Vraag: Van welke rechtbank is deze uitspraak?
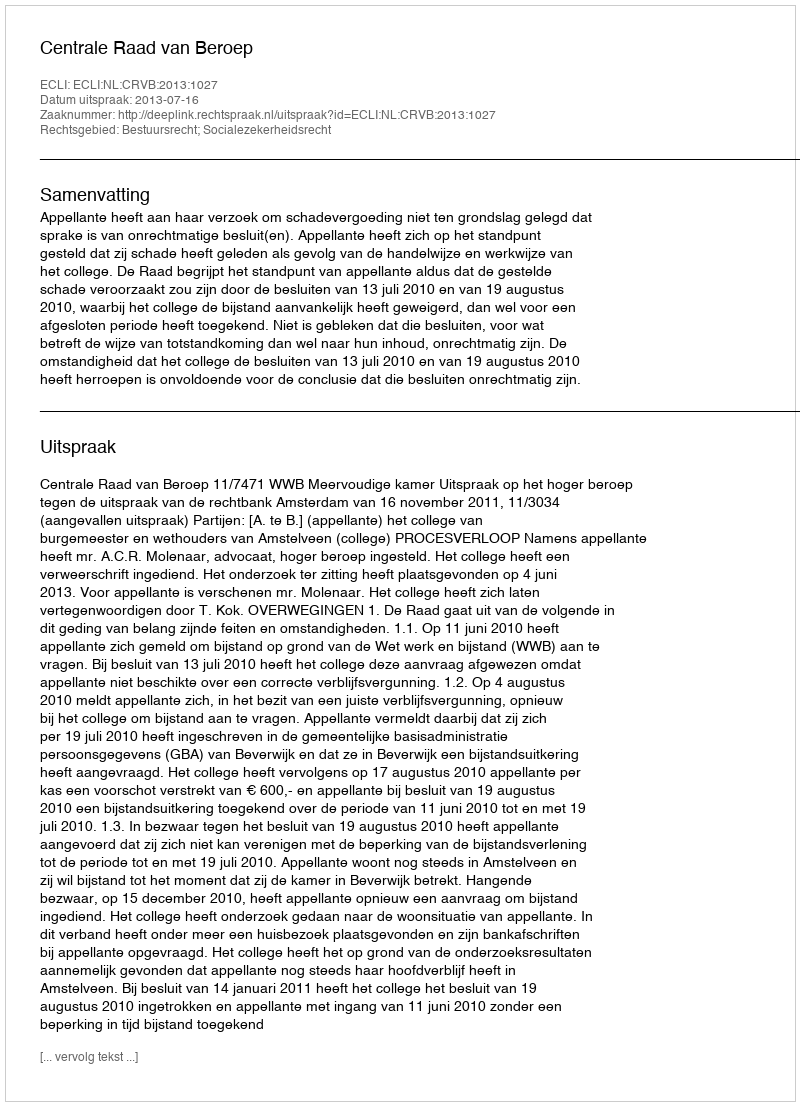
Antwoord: Centrale Raad van Beroep